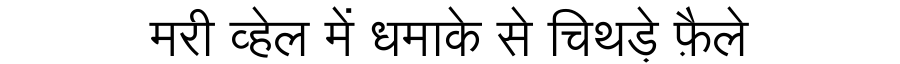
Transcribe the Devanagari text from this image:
मरी व्हेल में धमाके से चिथड़े फ़ैले